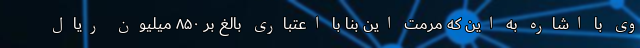
وی با اشاره به این که مرمت این بنا با اعتباری بالغ بر ۸۵۰ میلیون ریال